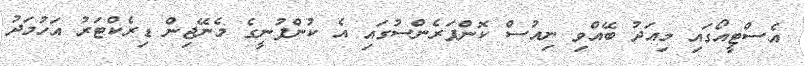
އެސްޓީއޯގައި މިއަދު ބޭއްވި ނިއުސް ކޮންފަރެންސުގައި އެ ކުންފުނީގެ މެނޭޖިން ޑިރެކްޓަރު އަހުމަދު